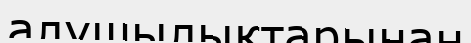
алушылықтарынан